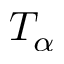
T _ { \alpha }